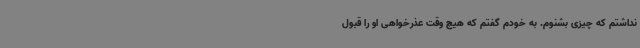
نداشتم که چیزی بشنوم. به خودم گفتم که هیچ وقت عذرخواهی او را قبول